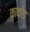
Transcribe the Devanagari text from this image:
काकोड